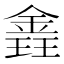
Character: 錱